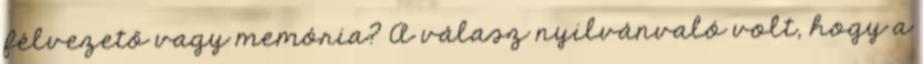
félvezető vagy memória? A válasz nyilvánvaló volt, hogy a